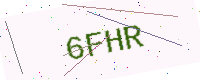
Text: 6FHR